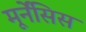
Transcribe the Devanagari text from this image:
मूर्नेंसिस